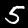
Label: 5